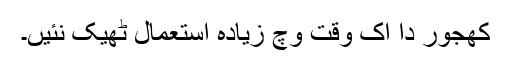
کھجور دا اک وقت وچ زیادہ استعمال ٹھیک نئيں۔